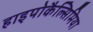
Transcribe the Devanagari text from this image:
हाइपोकैल्सिमिया